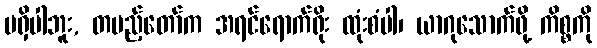
မရှိပါဘူး, တပည့်တော်က အရင်ရောက်ရိုး ထုံးစံပါ၊ ယာဂုသောက်ဖို့ ကိစ္စကို